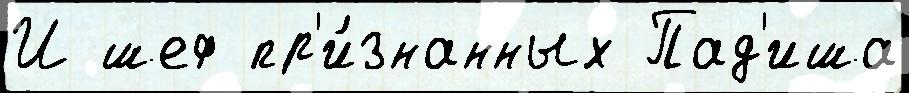
И шеф пр'и́знанных Пад'иша